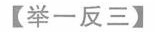
【举一反三】